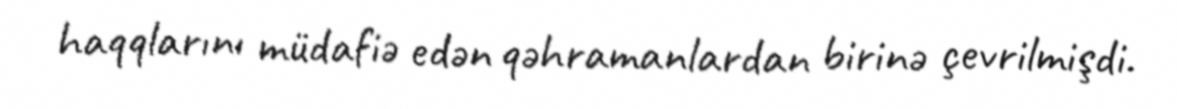
haqqlarını müdafiə edən qəhramanlardan birinə çevrilmişdi.